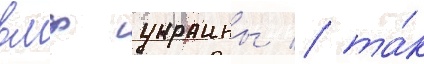
вмф украины / та́к